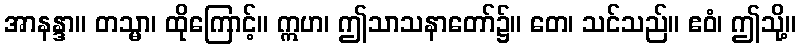
အာနန္ဒာ။ တသ္မာ၊ ထိုကြောင့်။ ဣဟ၊ ဤသာသနာတော်၌။ တေ၊ သင်သည်။ ဧဝံ၊ ဤသို့။